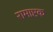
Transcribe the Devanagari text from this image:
रामाष्टक